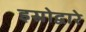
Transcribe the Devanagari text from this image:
इस्रोद्वारे